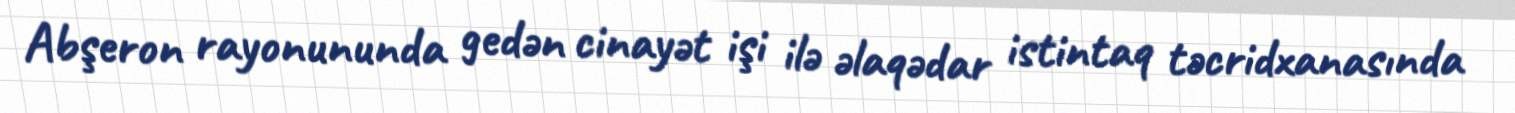
Abşeron rayonununda gedən cinayət işi ilə əlaqədar istintaq təcridxanasında